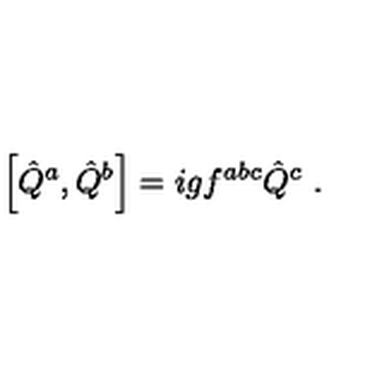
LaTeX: \left[ \hat { Q } ^ { a } , \hat { Q } ^ { b } \right] = i g f ^ { a b c } \hat { Q } ^ { c } \ .